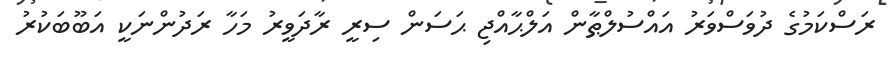
ރަސްކަމުގެ ދުވަސްވަރު އައްސުލްޠާން އަލްޙާއްޖި ޙަސަން ސިރީ ރާދަވީރު މަހާ ރަދުންނަކީ އަބޫބަކުރު